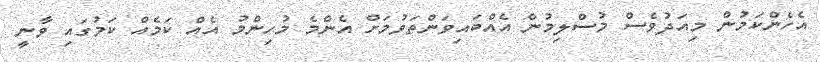
އެހެންކަމުން މިއަދުވެސް މުސްލިމުން އެއްބައިވަންތަވުމަށް އެންމެ މުހިންމު އެއް ކަމެއް ކަމުގައި ވާނީ